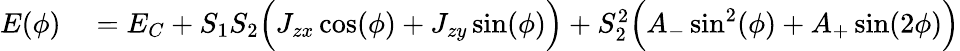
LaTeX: \begin{array}{rl}{E(\phi)}&{{}=E_{C}+S_{1}S_{2}\Big(J_{zx}\cos(\phi)+J_{zy}\sin(\phi)\Big)+S_{2}^{2}\Big(A_{-}\sin^{2}(\phi)+A_{+}\sin(2\phi)\Big)}\end{array}